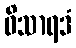
ဝိသာရဒံ